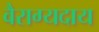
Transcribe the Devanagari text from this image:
वैराग्यदाय